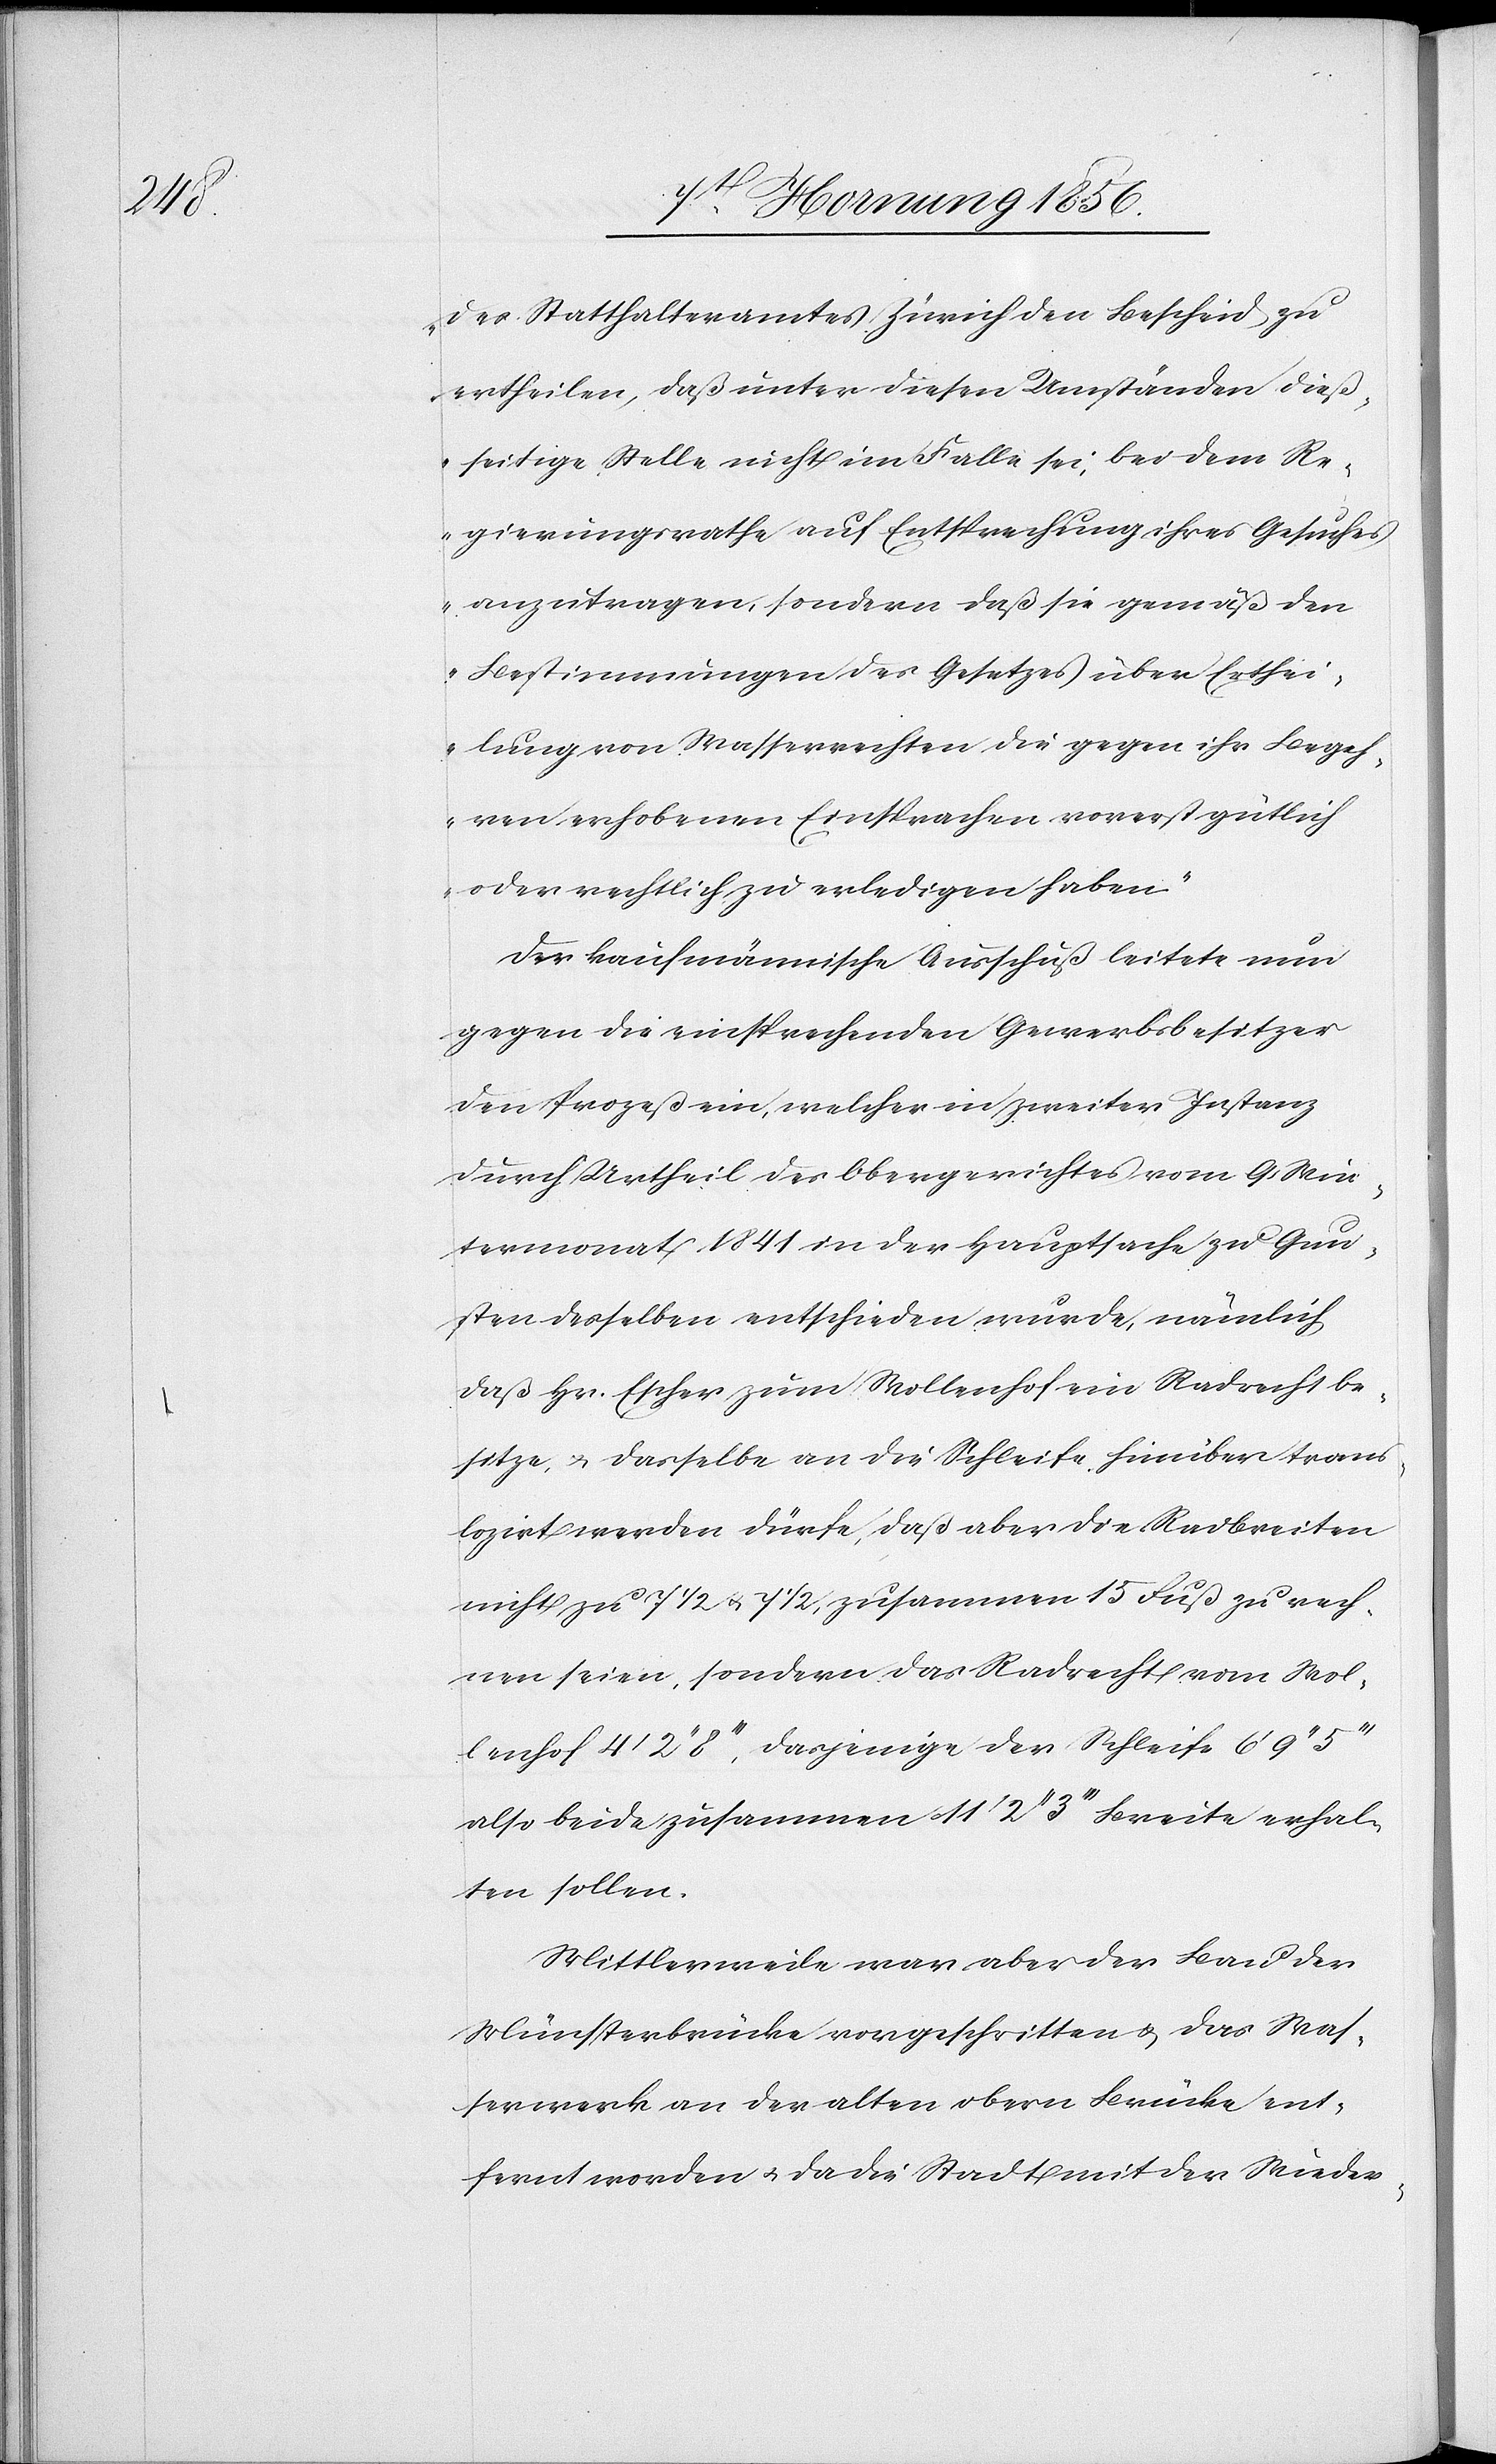
des Statthalteramtes Zürich den Bescheid zu
ertheilen, daß unter diesen Umständen dieß¬
seitige Stelle nicht im Falle sei, bei dem Re¬
gierungsrathe auf Entsprechung ihres Gesuches
anzutragen, sondern daß sie gemäß den
Bestimmungen des Gesetzes über Erthei¬
lung von Wasserrechten die gegen ihr Begeh¬
ren erhobenen Einsprachen vorerst gütlich
oder rechtlich zu erledigen haben.“
Der kaufmännische Ausschuß leitete nun
gegen die einsprechenden Gewerbsbesitzer
den Prozeß ein, welcher in zweiter Instanz
durch Urtheil des Obergerichtes vom 9 Win¬
termonat 1841 in der Hauptsache zu Gun¬
sten desselben entschieden wurde, nämlich
daß Hr. Escher zum Wollenhof ein Radrecht be¬
sitze, u. dasselbe an die Schleife hinüber trans¬
lozirt werden dürfe, daß aber die Radbreiten
nicht zu 7 ½ u. 7 ½, zusammen 15 Fuß zu rech¬
nen seien, sondern das Radrecht vom Wol¬
lenhof 4’ 2’’ 8’’’, dasjenige der Schleife 6’ 9’’
also beide zusammen 11’ 2’’ 3’’’ Breite erhal¬
ten sollen.
Mittlerweile war aber der Bau der
Münsterbrücke vorgeschritten u. das Was¬
serwerk an der alten obern Brücke ent¬
fernt worden u. da die Stadt mit der Wieder-